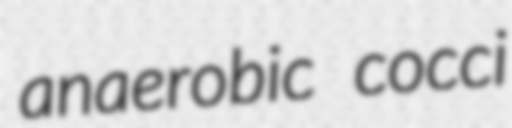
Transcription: anaerobic cocci